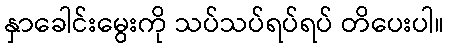
နှာခေါင်းမွေးကို သပ်သပ်ရပ်ရပ် တိပေးပါ။